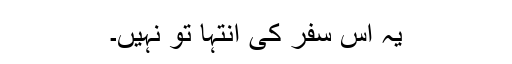
یہ اس سفر کی انتہا تو نہیں۔